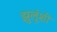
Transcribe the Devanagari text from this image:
झुलूंशी